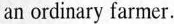
an ordinary farmer.